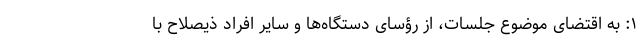
۱: به اقتضای موضوع جلسات، از رؤسای دستگاه‌ها و سایر افراد ذیصلاح با